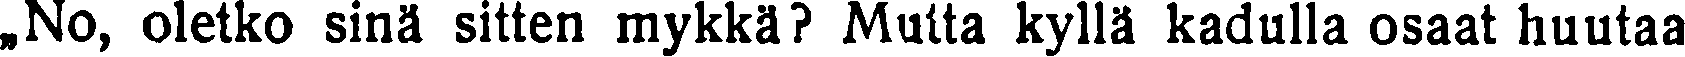
„No, oletko sinä sitten mykkä? Mutta kyllä kadulla osaat huutaa